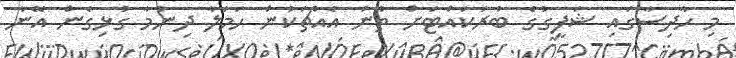
މި ހާދިސާގައި ޝަފީގުގެ ބުރަކައްޓަށް ތޫނު އެއްޗަކުން ހަމަލާ ދިނުމާ ގުޅިގެން އޭނާ